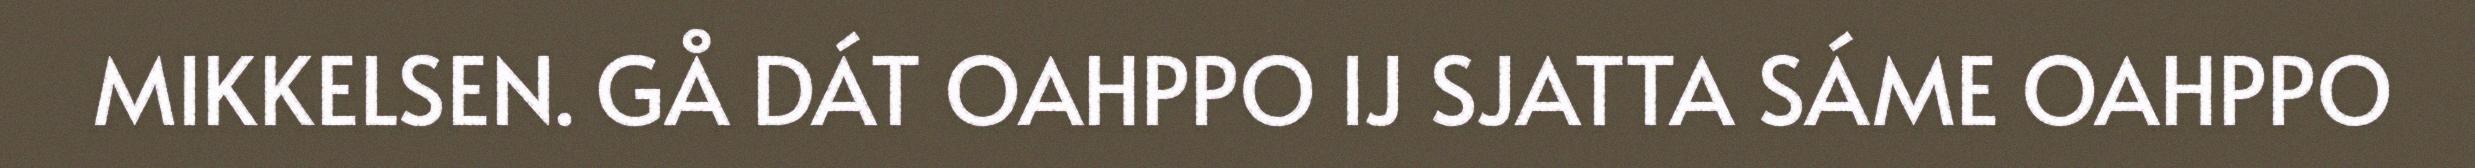
MIKKELSEN. GÅ DÁT OAHPPO IJ SJATTA SÁME OAHPPO